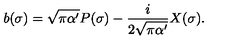
b ( \sigma ) = \sqrt { \pi \alpha ^ { \prime } } P ( \sigma ) - \frac { i } { 2 \sqrt { \pi \alpha ^ { \prime } } } X ( \sigma ) .